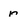
Character: r